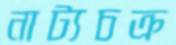
নাট্যচক্র